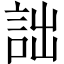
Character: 詘